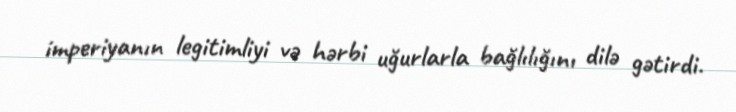
imperiyanın legitimliyi və hərbi uğurlarla bağlılığını dilə gətirdi.